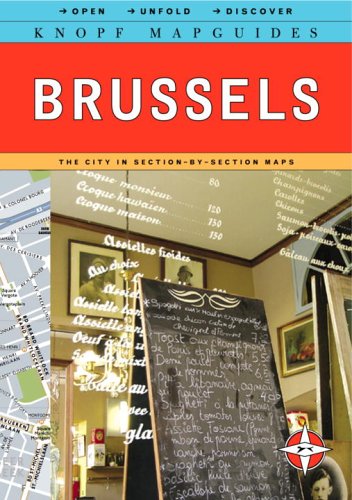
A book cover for Knopf MapGuide: Brussels (Knopf Mapguides); Knopf Guides; Travel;